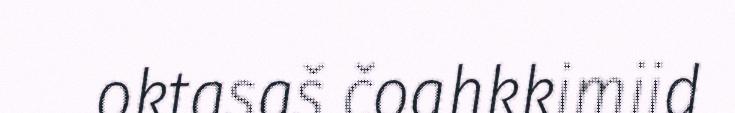
oktasaš čoahkkimiid